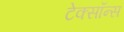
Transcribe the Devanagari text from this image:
टेक्सॉन्स